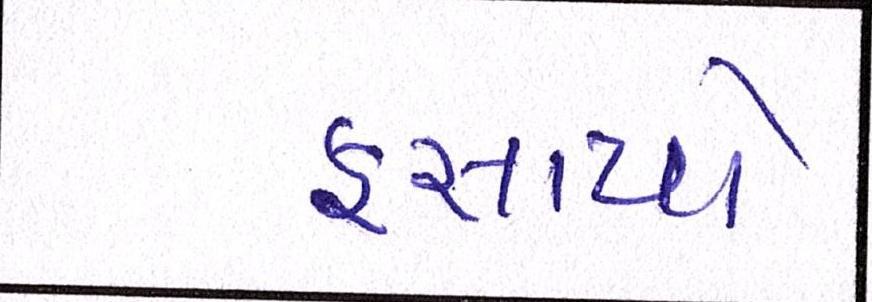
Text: ફસાયો